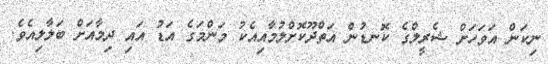
ނިކަން އަވަހަށް ޝެރީލްގެ ކޮނޑުން އަތްދޫކޮށްލުމާއިއެކު މަންމަގެ އަޑު އައި ދިމާއަށް ބަލާލިއެވެ.